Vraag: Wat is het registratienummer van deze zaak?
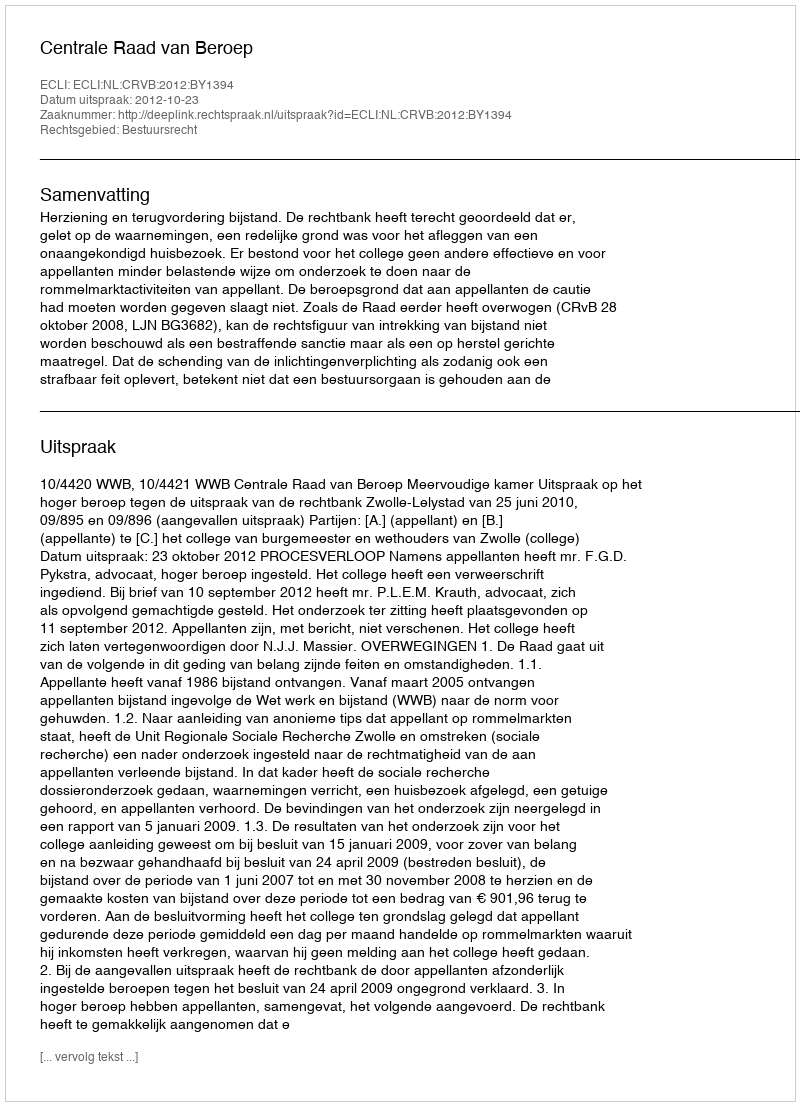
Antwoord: http://deeplink.rechtspraak.nl/uitspraak?id=ECLI:NL:CRVB:2012:BY1394